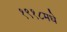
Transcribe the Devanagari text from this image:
१९१८मधे